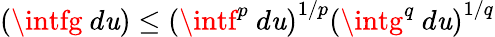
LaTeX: \left(\intfg~d\mathit{u}\right)\leq\left(\intf^{p}~d\mathit{u}\right)^{1/p}\left(\intg^{q}~d\mathit{u}\right)^{1/q}